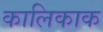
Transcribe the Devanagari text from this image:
कालिकाक